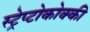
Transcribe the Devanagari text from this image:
स्ट्रेप्टोकोक्की